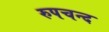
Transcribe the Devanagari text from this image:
रुपचन्द